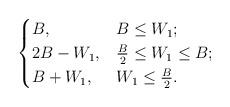
LaTeX: \begin{align*} \begin{cases}B, & B \leq W_1; \\ 2B-W_1, & \frac{B}{2} \leq W_1 \leq B;\\ B+W_1, & W_1 \leq \frac{B}{2}.\\\end{cases}\end{align*}